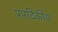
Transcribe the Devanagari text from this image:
प्रपदिकीय